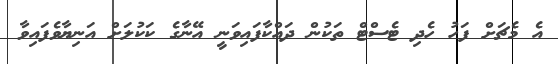
އެ މެޗަށް ފަހު ހެދި ޓެސްޓް ތަކުން ދައްކާފައިވަނީ އޭނާގެ ކަކުލަށް އަނިޔާވެފައިވާ